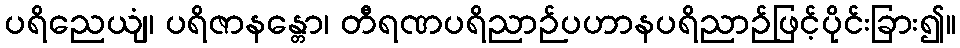
ပရိညေယျံ၊ ပရိဇာနန္တော၊ တီရဏပရိညာဉ်ပဟာနပရိညာဉ်ဖြင့်ပိုင်းခြား၍။